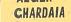
chardaia